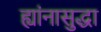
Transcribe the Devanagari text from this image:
ह्यांनासुद्धा